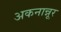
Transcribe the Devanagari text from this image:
अकनान्नूर